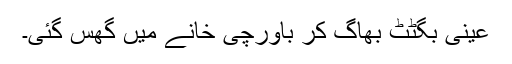
عینی بگٹٹ بھاگ کر باورچی خانے میں گھس گئی۔